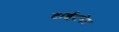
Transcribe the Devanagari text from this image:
टाईटनेट